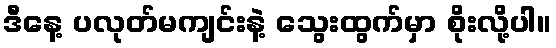
ဒီနေ့ ပလုတ်မကျင်းနဲ့ သွေးထွက်မှာ စိုးလို့ပါ။